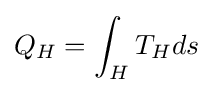
Q_{H}=\int _{H}T_{H}ds